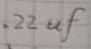
Text: .22µF